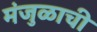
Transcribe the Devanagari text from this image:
मंजुळाची